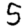
Digit: 5